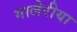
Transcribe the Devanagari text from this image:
गालेरीया